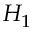
H _ { 1 }